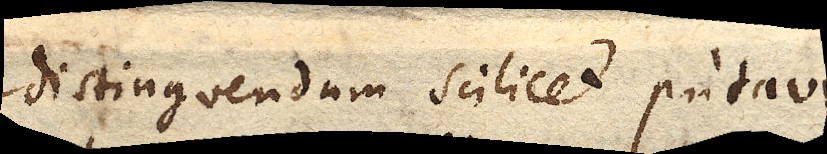
Distinguendum scilicet putavi